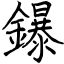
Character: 鑤